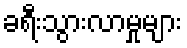
ခရီးသွားလာမှုများ